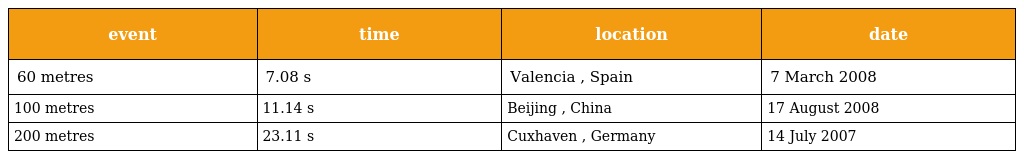
| event | time | location | date |
 | --- | --- | --- | --- |
 | 60 metres | 7.08 s | Valencia , Spain | 7 March 2008 |
 | 100 metres | 11.14 s | Beijing , China | 17 August 2008 |
 | 200 metres | 23.11 s | Cuxhaven , Germany | 14 July 2007 |